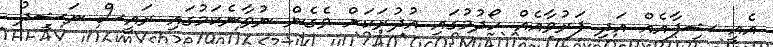
އެއީ ޝިފާއެއް އަދި ފަރުވާއެއް ހޯދުމުގައި އުޛުރަކަށް ވެގެން ނުވާނެކަމުގައި ރައީސް ނަޝީދު